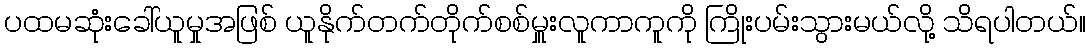
ပထမဆုံးခေါ်ယူမှုအဖြစ် ယူနိုက်တက်တိုက်စစ်မှူးလူကာကူကို ကြိုးပမ်းသွားမယ်လို့ သိရပါတယ်။